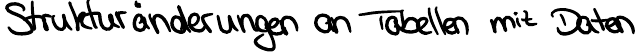
Strukturänderungen an Tabellen mit Daten